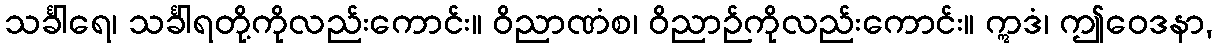
သင်္ခါရေ၊ သင်္ခါရတို့ကိုလည်းကောင်း။ ဝိညာဏံစ၊ ဝိညာဉ်ကိုလည်းကောင်း။ ဣဒံ၊ ဤဝေဒနာ,